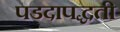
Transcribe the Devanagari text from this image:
पडदापद्धती